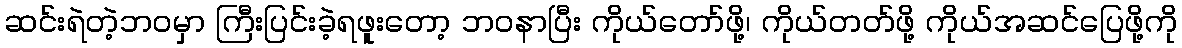
ဆင်းရဲတဲ့ဘဝမှာ ကြီးပြင်းခဲ့ရဖူးတော့ ဘဝနာပြီး ကိုယ်တော်ဖို့၊ ကိုယ်တတ်ဖို့ ကိုယ်အဆင်ပြေဖို့ကို